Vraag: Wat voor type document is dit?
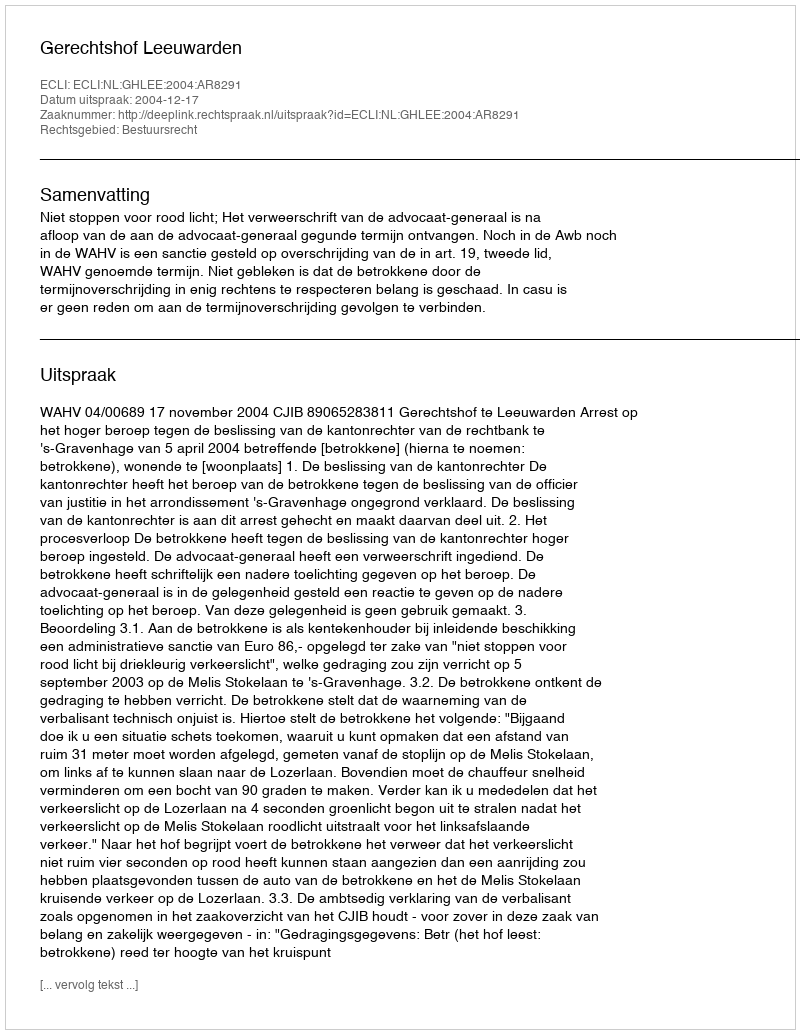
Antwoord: Uitspraak